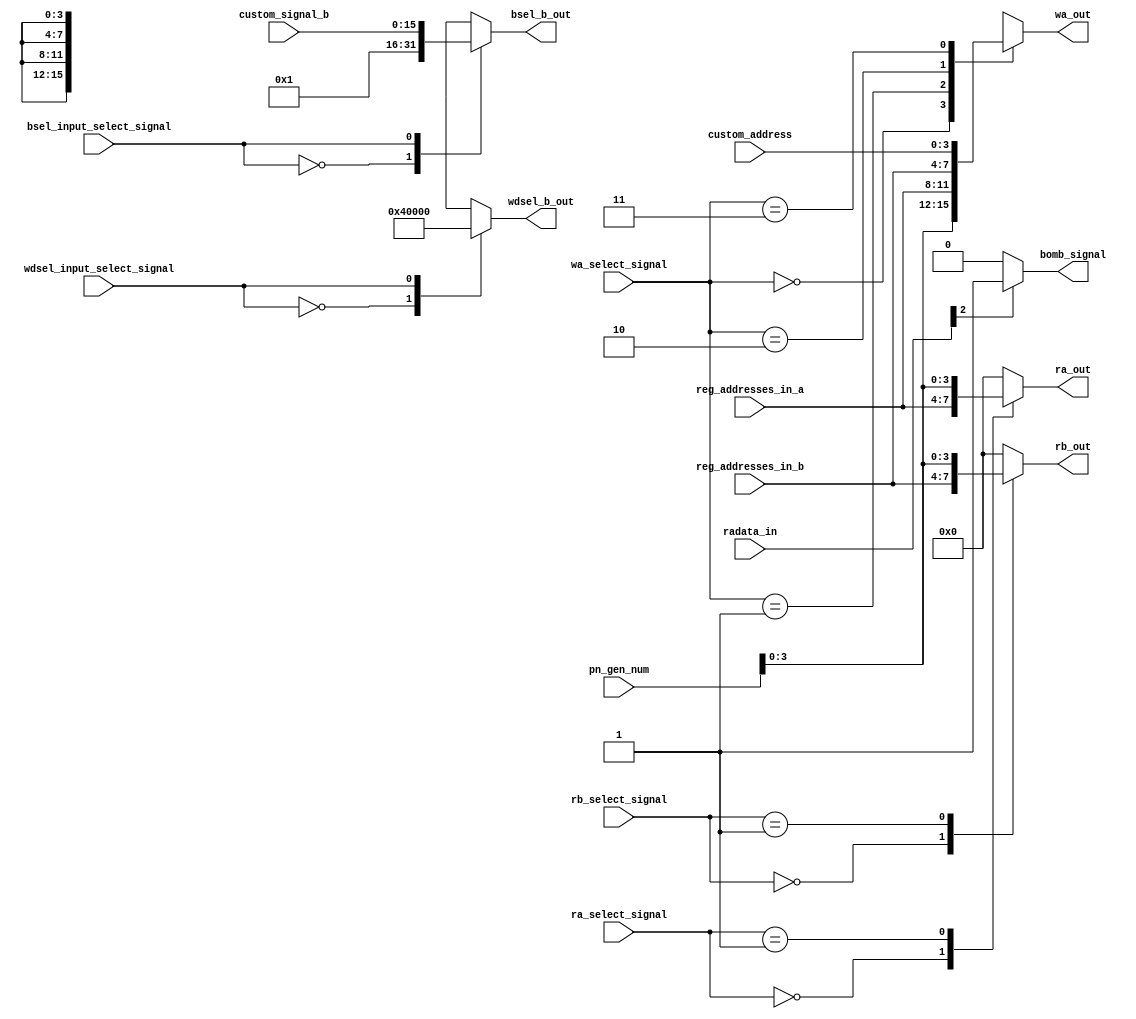
/*
   This file was generated automatically by the Mojo IDE version B1.3.6.
   Do not edit this file directly. Instead edit the original Lucid source.
   This is a temporary file and any changes made to it will be destroyed.
*/

module control_unit_56 (
    input [15:0] custom_signal_b,
    input [31:0] pn_gen_num,
    input [15:0] radata_in,
    input [3:0] reg_addresses_in_a,
    input [3:0] reg_addresses_in_b,
    input [1:0] ra_select_signal,
    input [1:0] rb_select_signal,
    input bsel_input_select_signal,
    input wdsel_input_select_signal,
    input [1:0] wa_select_signal,
    input [3:0] custom_address,
    output reg [3:0] rb_out,
    output reg [3:0] ra_out,
    output reg [3:0] wa_out,
    output reg [15:0] bsel_b_out,
    output reg [15:0] wdsel_b_out,
    output reg bomb_signal
  );
  
  
  
  always @* begin
    
    case (wa_select_signal)
      2'h0: begin
        wa_out = pn_gen_num[0+3-:4];
      end
      2'h1: begin
        wa_out = reg_addresses_in_a;
      end
      2'h2: begin
        wa_out = reg_addresses_in_b;
      end
      2'h3: begin
        wa_out = custom_address;
      end
      default: begin
        wa_out = 4'h0;
      end
    endcase
    if (radata_in[2+0-:1] == 1'h1) begin
      bomb_signal = 1'h1;
    end else begin
      bomb_signal = 1'h0;
    end
    
    case (ra_select_signal)
      1'h0: begin
        ra_out = reg_addresses_in_a;
      end
      1'h1: begin
        ra_out = pn_gen_num[0+3-:4];
      end
      default: begin
        ra_out = 4'h0;
      end
    endcase
    
    case (rb_select_signal)
      1'h0: begin
        rb_out = reg_addresses_in_b;
      end
      1'h1: begin
        rb_out = pn_gen_num[0+3-:4];
      end
      default: begin
        rb_out = 4'h0;
      end
    endcase
    
    case (wdsel_input_select_signal)
      1'h0: begin
        wdsel_b_out = 16'h0004;
      end
      1'h1: begin
        wdsel_b_out = 1'h0;
      end
      default: begin
        wdsel_b_out = 1'h0;
      end
    endcase
    
    case (bsel_input_select_signal)
      1'h0: begin
        bsel_b_out = 16'h0001;
      end
      1'h1: begin
        bsel_b_out = custom_signal_b;
      end
      default: begin
        bsel_b_out = 16'h0001;
      end
    endcase
  end
endmodule